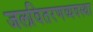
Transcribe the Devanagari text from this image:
जलवितरणव्यवस्था